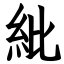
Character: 紕